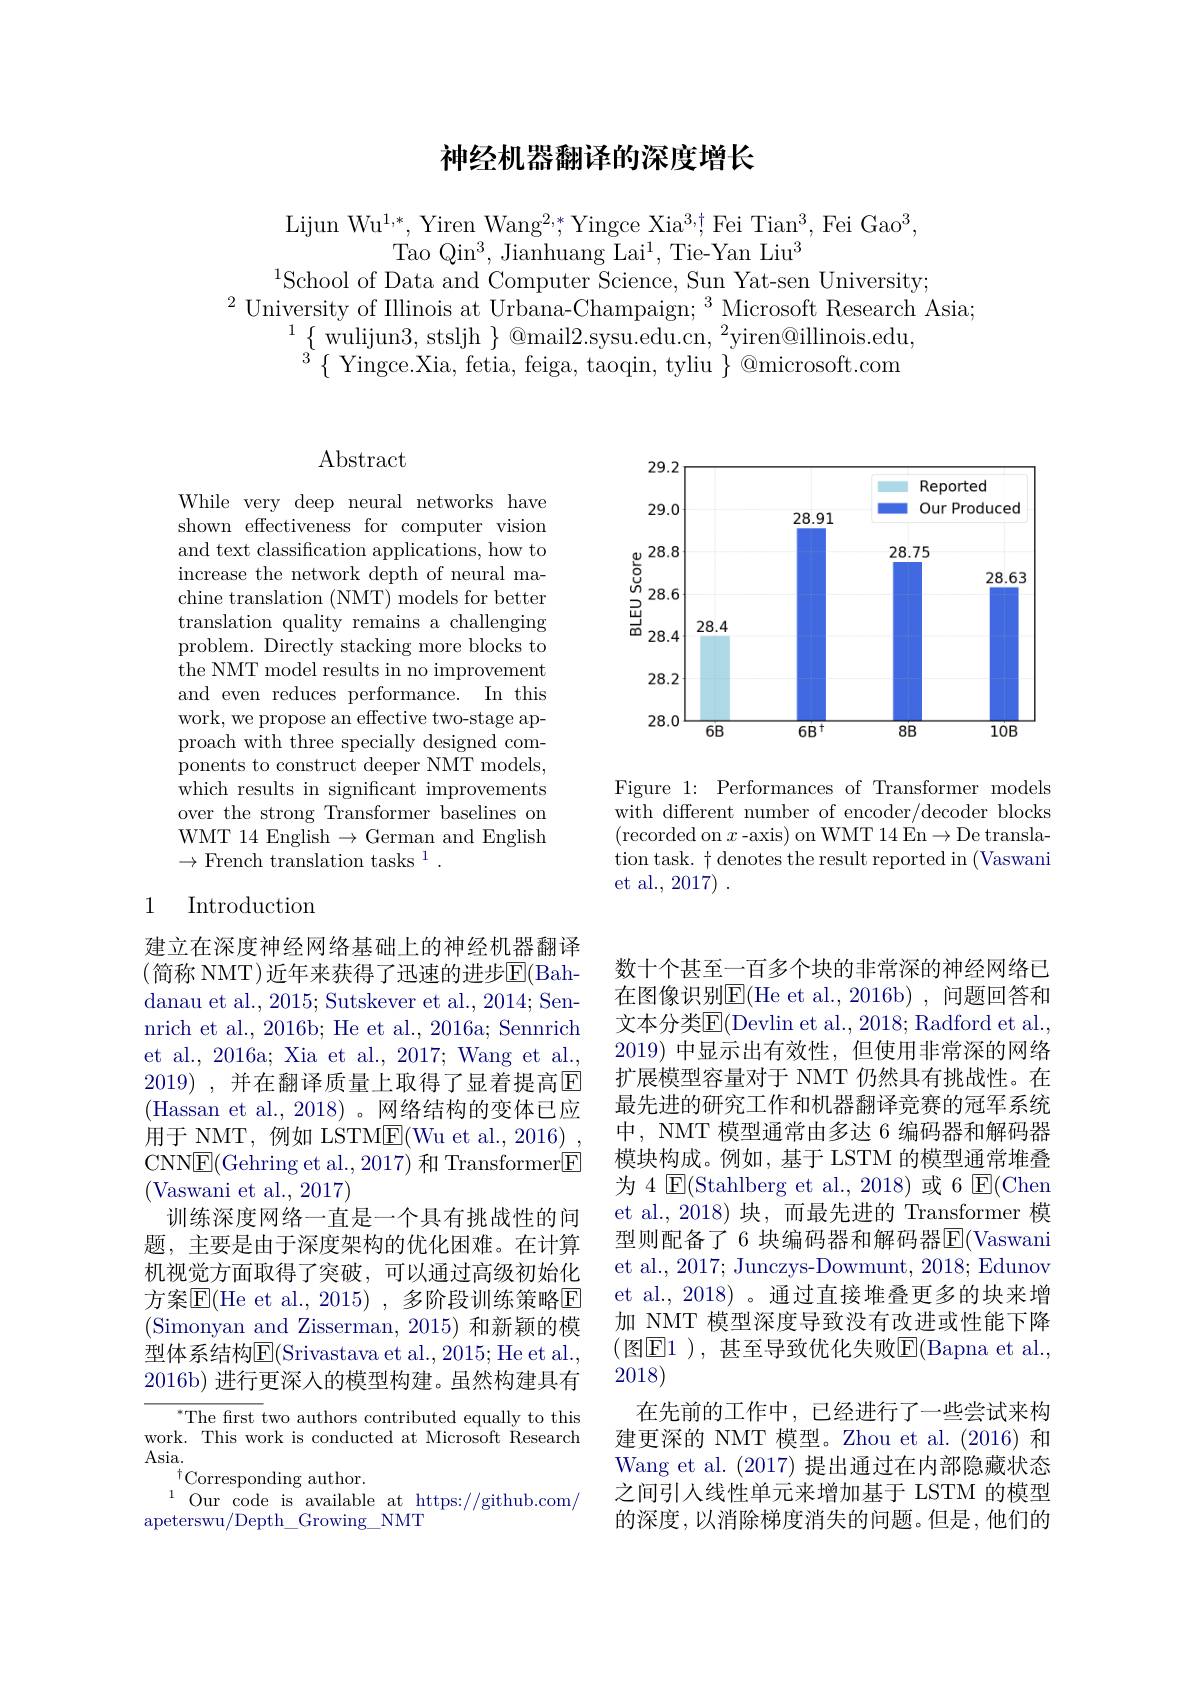
# 神经机器翻译的深度增长

Lijun Wu$^1,*$, Yiren Wang$^2,*$,Yingce Xia$^3$,t Fei Tian$^3$,Fei Gao$^3$,
Tao Qin$^3$,Jianhuang Lai$^1$,Tie-Yan Liu$^3$
$^{1}$School of Data and Computer Science, Sun Yat-sen University;
$^{2}$University of Illinois at Urbana-Champaign; $^3$Microsoft Research Asia;
$^{1}\{$ wulijun3, stsljh $\}$ @mail2.sysu.edu.cn, $^2$yiren@illinois.edu, $^{3}\{$Yingce.Xia, fetia, feiga, taoqin, tyliu $\}$@microsoft.com

<FigureHere>

Figure 1: Performances of Transformer models with different number of encoder/decoder blocks (recorded on $x$-axis) on WMT 14 En$\to$De translation task. t denotes the result reported in (Vaswani et al., 2017) .

# Abstract

While very deep neural networks have shown effectiveness for computer vision and text classification applications, how to increase the network depth of neural machine translation (NMT) models for better translation quality remains a challenging problem. Directly stacking more blocks to ${\mathrm{the~NMT~model~results~in~no~improvement}}$ and even reduces performance. In this work, we propose an effective two-stage approach with three specially designed components to construct deeper NMT models, which results in significant improvements over the strong Transformer baselines on WMT 14 English $\to$German and English $\to$French translation tasks$^1.$

## 1 Introduction

建立在深度神经网络基础上的神经机器翻译(简称 NMT)近年来获得了迅速的进步$\overline{\mathrm{E}}($Bahdanau et al., 2015; Sutskever et al., 2014; Sennrich et al., 2016b; He et al., 2016a; Sennrich et al., 2016a; Xia et al., 2017; Wang et al., 2019) , 并在翻译质量上取得了显着提高$\mathbb{E}$ (Hassan et al., 2018)。网络结构的变体已应用于 NMT, 例如 LSTME(Wu et al., 2016) CNNE(Gehring et al., 2017) 和 Transformer[E] (Vaswani et al.,2017)
训练深度网络一直是一个具有挑战性的问题，主要是由于深度架构的优化困难。在计算机视觉方面取得了突破，可以通过高级初始化方案$\overline{\mathrm{E}}($He et al.,2015), 多阶段训练策略$\overline{\mathrm{E}}$ (Simonyan and Zisserman, 2015) 和新颖的模型体系结构$\operatorname{E}($Srivastava et al., 2015; He et al., 2016b) 进行更深人的模型构建。虽然构建具有

The first two authors contributed equally to this work. This work is conducted at Microsoft Research Asia.
$^{\dagger}$Corresponding author.
apeterswu/Depth\_Growing\_NMT

数十个甚至一百多个块的非常深的神经网络已在图像识别E(He et al.,2016b),问题回答和文本分类$\overline{\mathrm{E}}($Devlin et al., 2018; Radford et al., 2019)中显示出有效性，但使用非常深的网络扩展模型容量对于 NMT 仍然具有挑战性。在最先进的研究工作和机器翻译竞赛的冠军系统中，NMT 模型通常由多达 6 编码器和解码器模块构成。例如，基于 LSTM 的模型通常堆叠为 4 $\operatorname{E}($Stahlberg et al., 2018)或 6 $\operatorname{E}($Chen et al.,2018)块，而最先进的 Transformer 模型则配备了 6 块编码器和解码器$\overline{\mathrm{E}}($Vaswani et al., 2017; Junczys-Dowmunt, 2018; Edunov et al., 2018) 。通过直接堆叠更多的块来增加 NMT 模型深度导致没有改进或性能下降(图E1),甚至导致优化失败E$( Bapna et al. $, 2018)
在先前的工作中，已经进行了一些尝试来构建更深的 NMT 模型。Zhou et al.(2016) 和Wang et al. (2017) 提出通过在内部隐藏状态之间引人线性单元来增加基于 LSTM 的模型的深度，以消除梯度消失的问题。但是，他们的